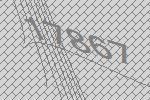
17867